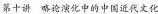
第十讲 略论演化中的中国近代文化